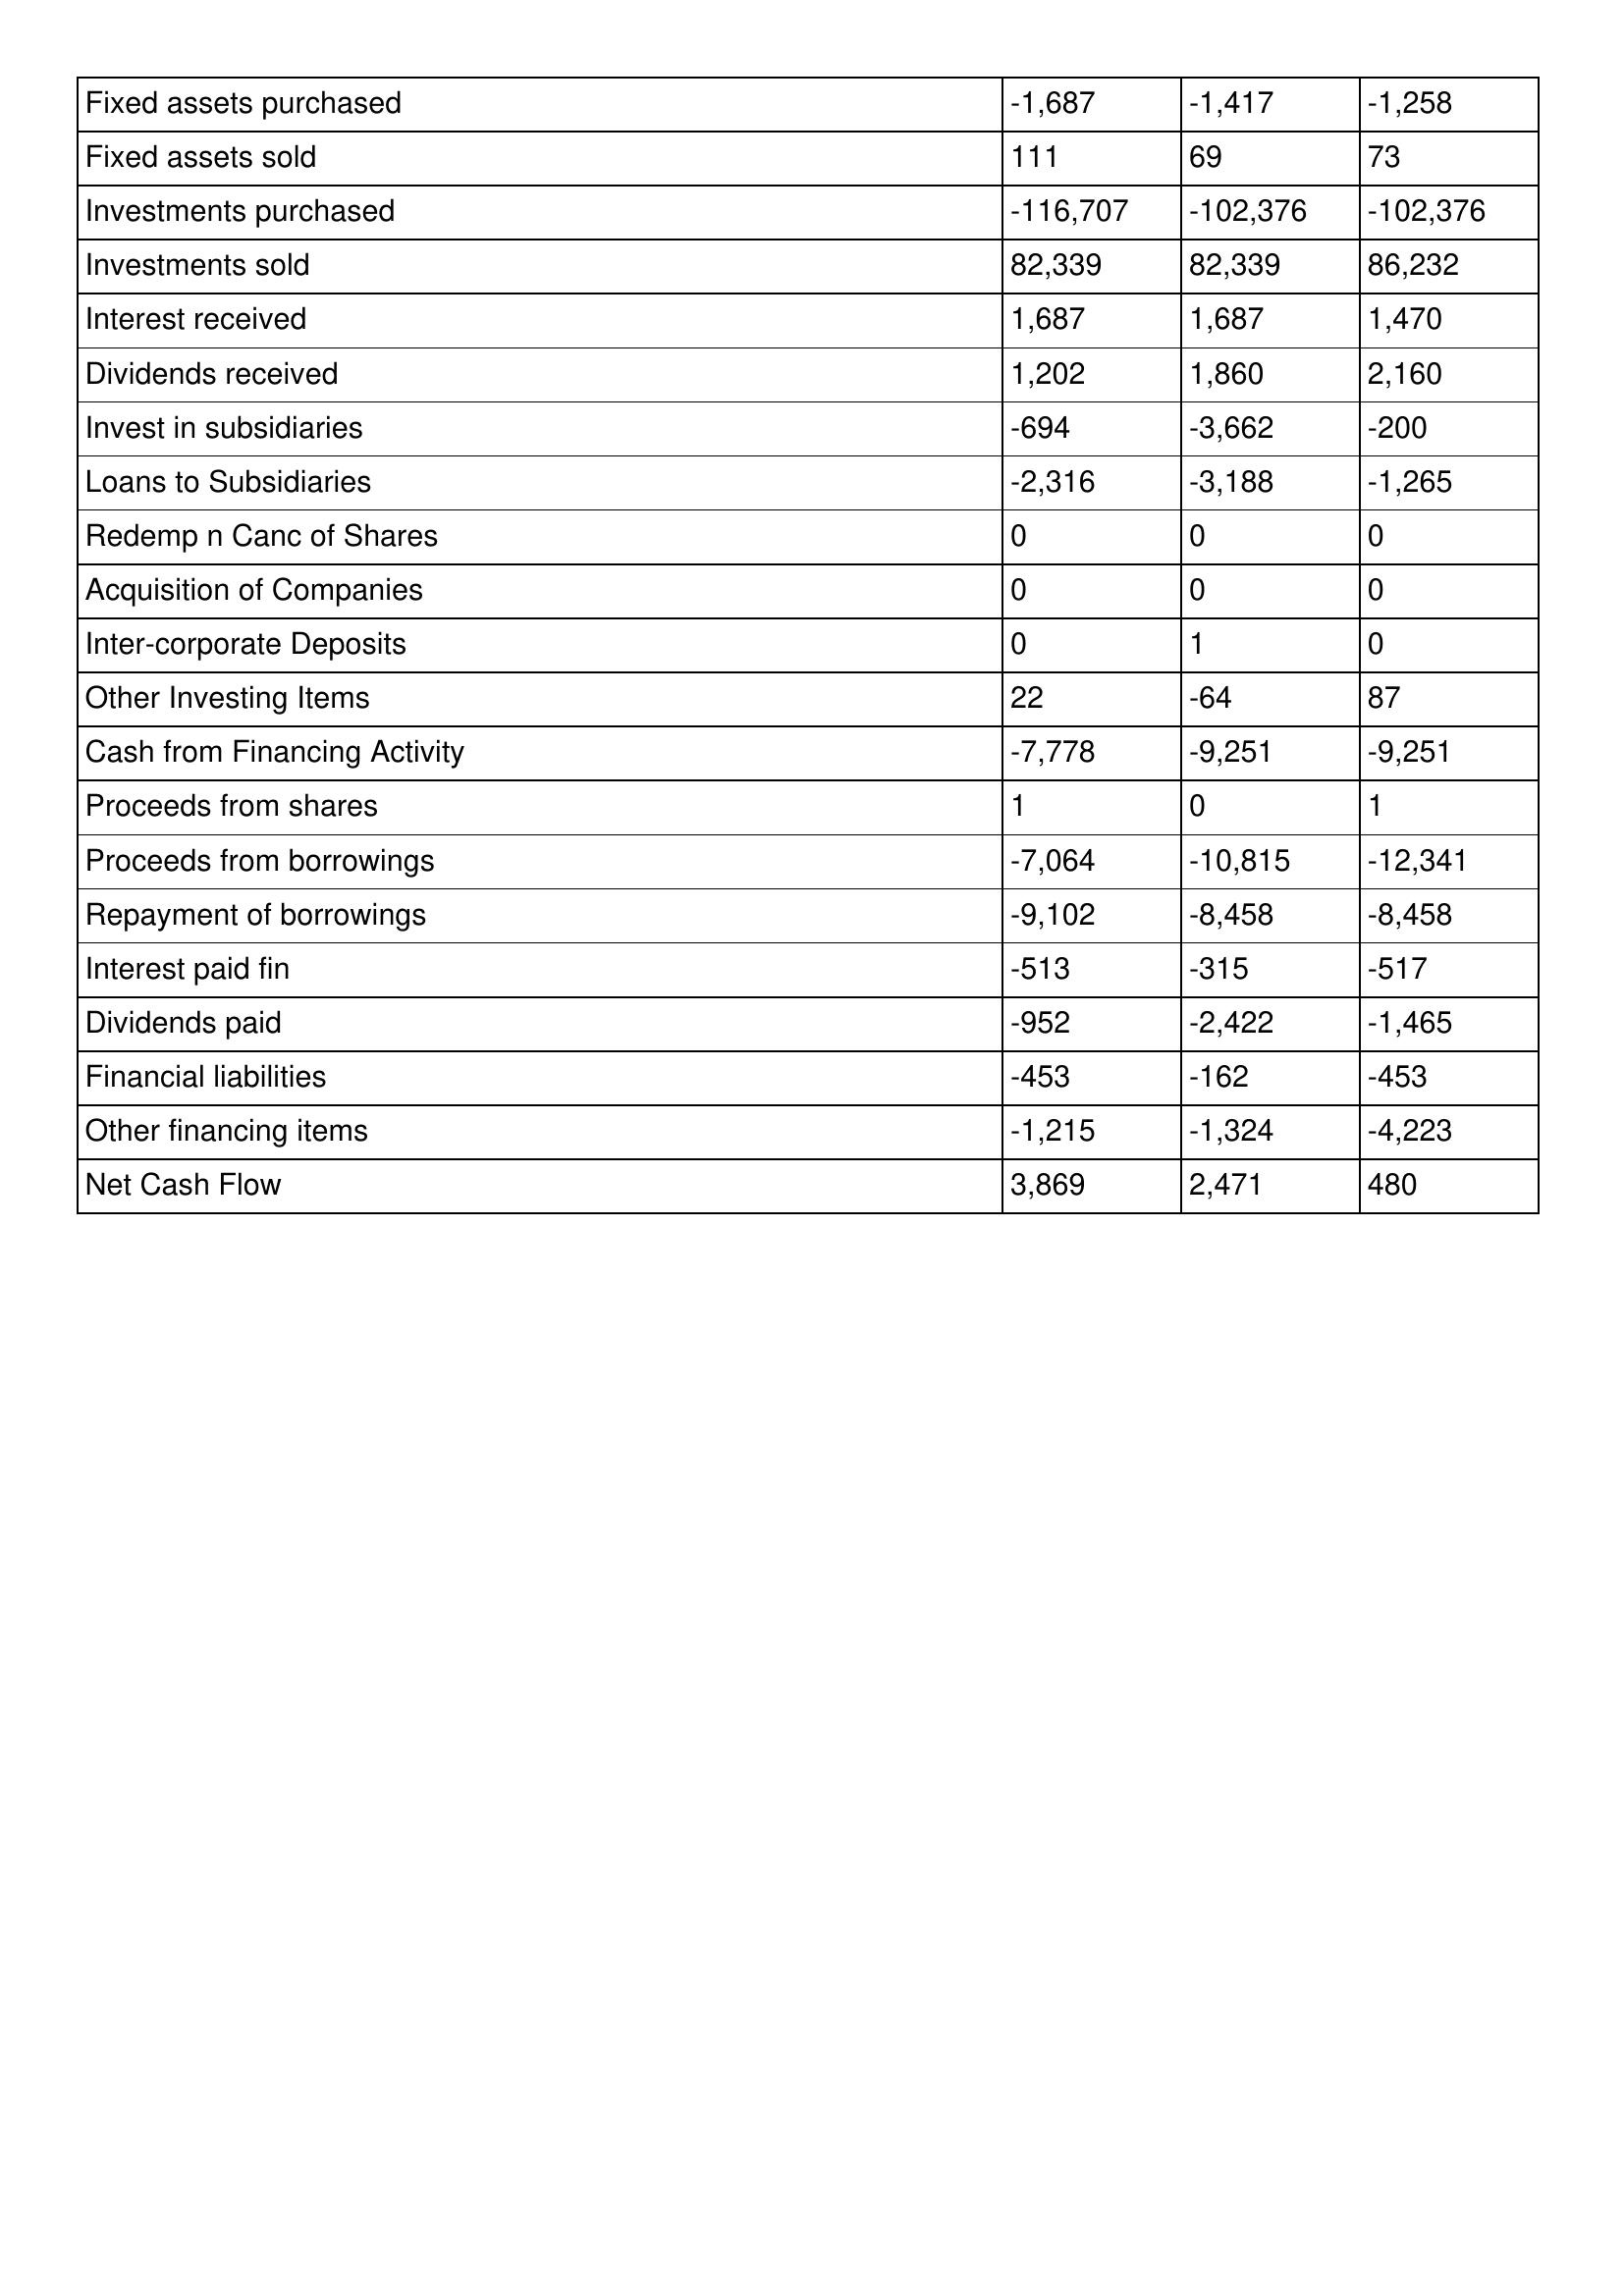
gt_parse: 2012: Cash Flows: Fixed assets purchased: -1,687
Fixed assets sold: 111
Investments purchased: -116,707
Investments sold: 82,339
Interest received: 1,687
Dividends received: 1,202
Invest in subsidiaries: -694
Loans to Subsidiaries: -2,316
Redemp n Canc of Shares: 0
Acquisition of Companies: 0
Inter-corporate Deposits: 0
Other Investing Items: 22
Cash from Financing Activity: -7,778
Proceeds from shares: 1
Proceeds from borrowings: -7,064
Repayment of borrowings: -9,102
Interest paid fin: -513
Dividends paid: -952
Financial liabilities: -453
Other financing items: -1,215
Net Cash Flow: 3,869
2011: Cash Flows: Fixed assets purchased: -1,417
Fixed assets sold: 69
Investments purchased: -102,376
Investments sold: 82,339
Interest received: 1,687
Dividends received: 1,860
Invest in subsidiaries: -3,662
Loans to Subsidiaries: -3,188
Redemp n Canc of Shares: 0
Acquisition of Companies: 0
Inter-corporate Deposits: 1
Other Investing Items: -64
Cash from Financing Activity: -9,251
Proceeds from shares: 0
Proceeds from borrowings: -10,815
Repayment of borrowings: -8,458
Interest paid fin: -315
Dividends paid: -2,422
Financial liabilities: -162
Other financing items: -1,324
Net Cash Flow: 2,471
2010: Cash Flows: Fixed assets purchased: -1,258
Fixed assets sold: 73
Investments purchased: -102,376
Investments sold: 86,232
Interest received: 1,470
Dividends received: 2,160
Invest in subsidiaries: -200
Loans to Subsidiaries: -1,265
Redemp n Canc of Shares: 0
Acquisition of Companies: 0
Inter-corporate Deposits: 0
Other Investing Items: 87
Cash from Financing Activity: -9,251
Proceeds from shares: 1
Proceeds from borrowings: -12,341
Repayment of borrowings: -8,458
Interest paid fin: -517
Dividends paid: -1,465
Financial liabilities: -453
Other financing items: -4,223
Net Cash Flow: 480